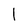
Character: 1